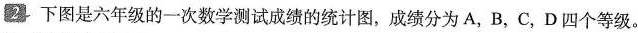
2下图是六年级的一次数学测试成绩的统计图，成绩分为A，B，C，D四个等级。